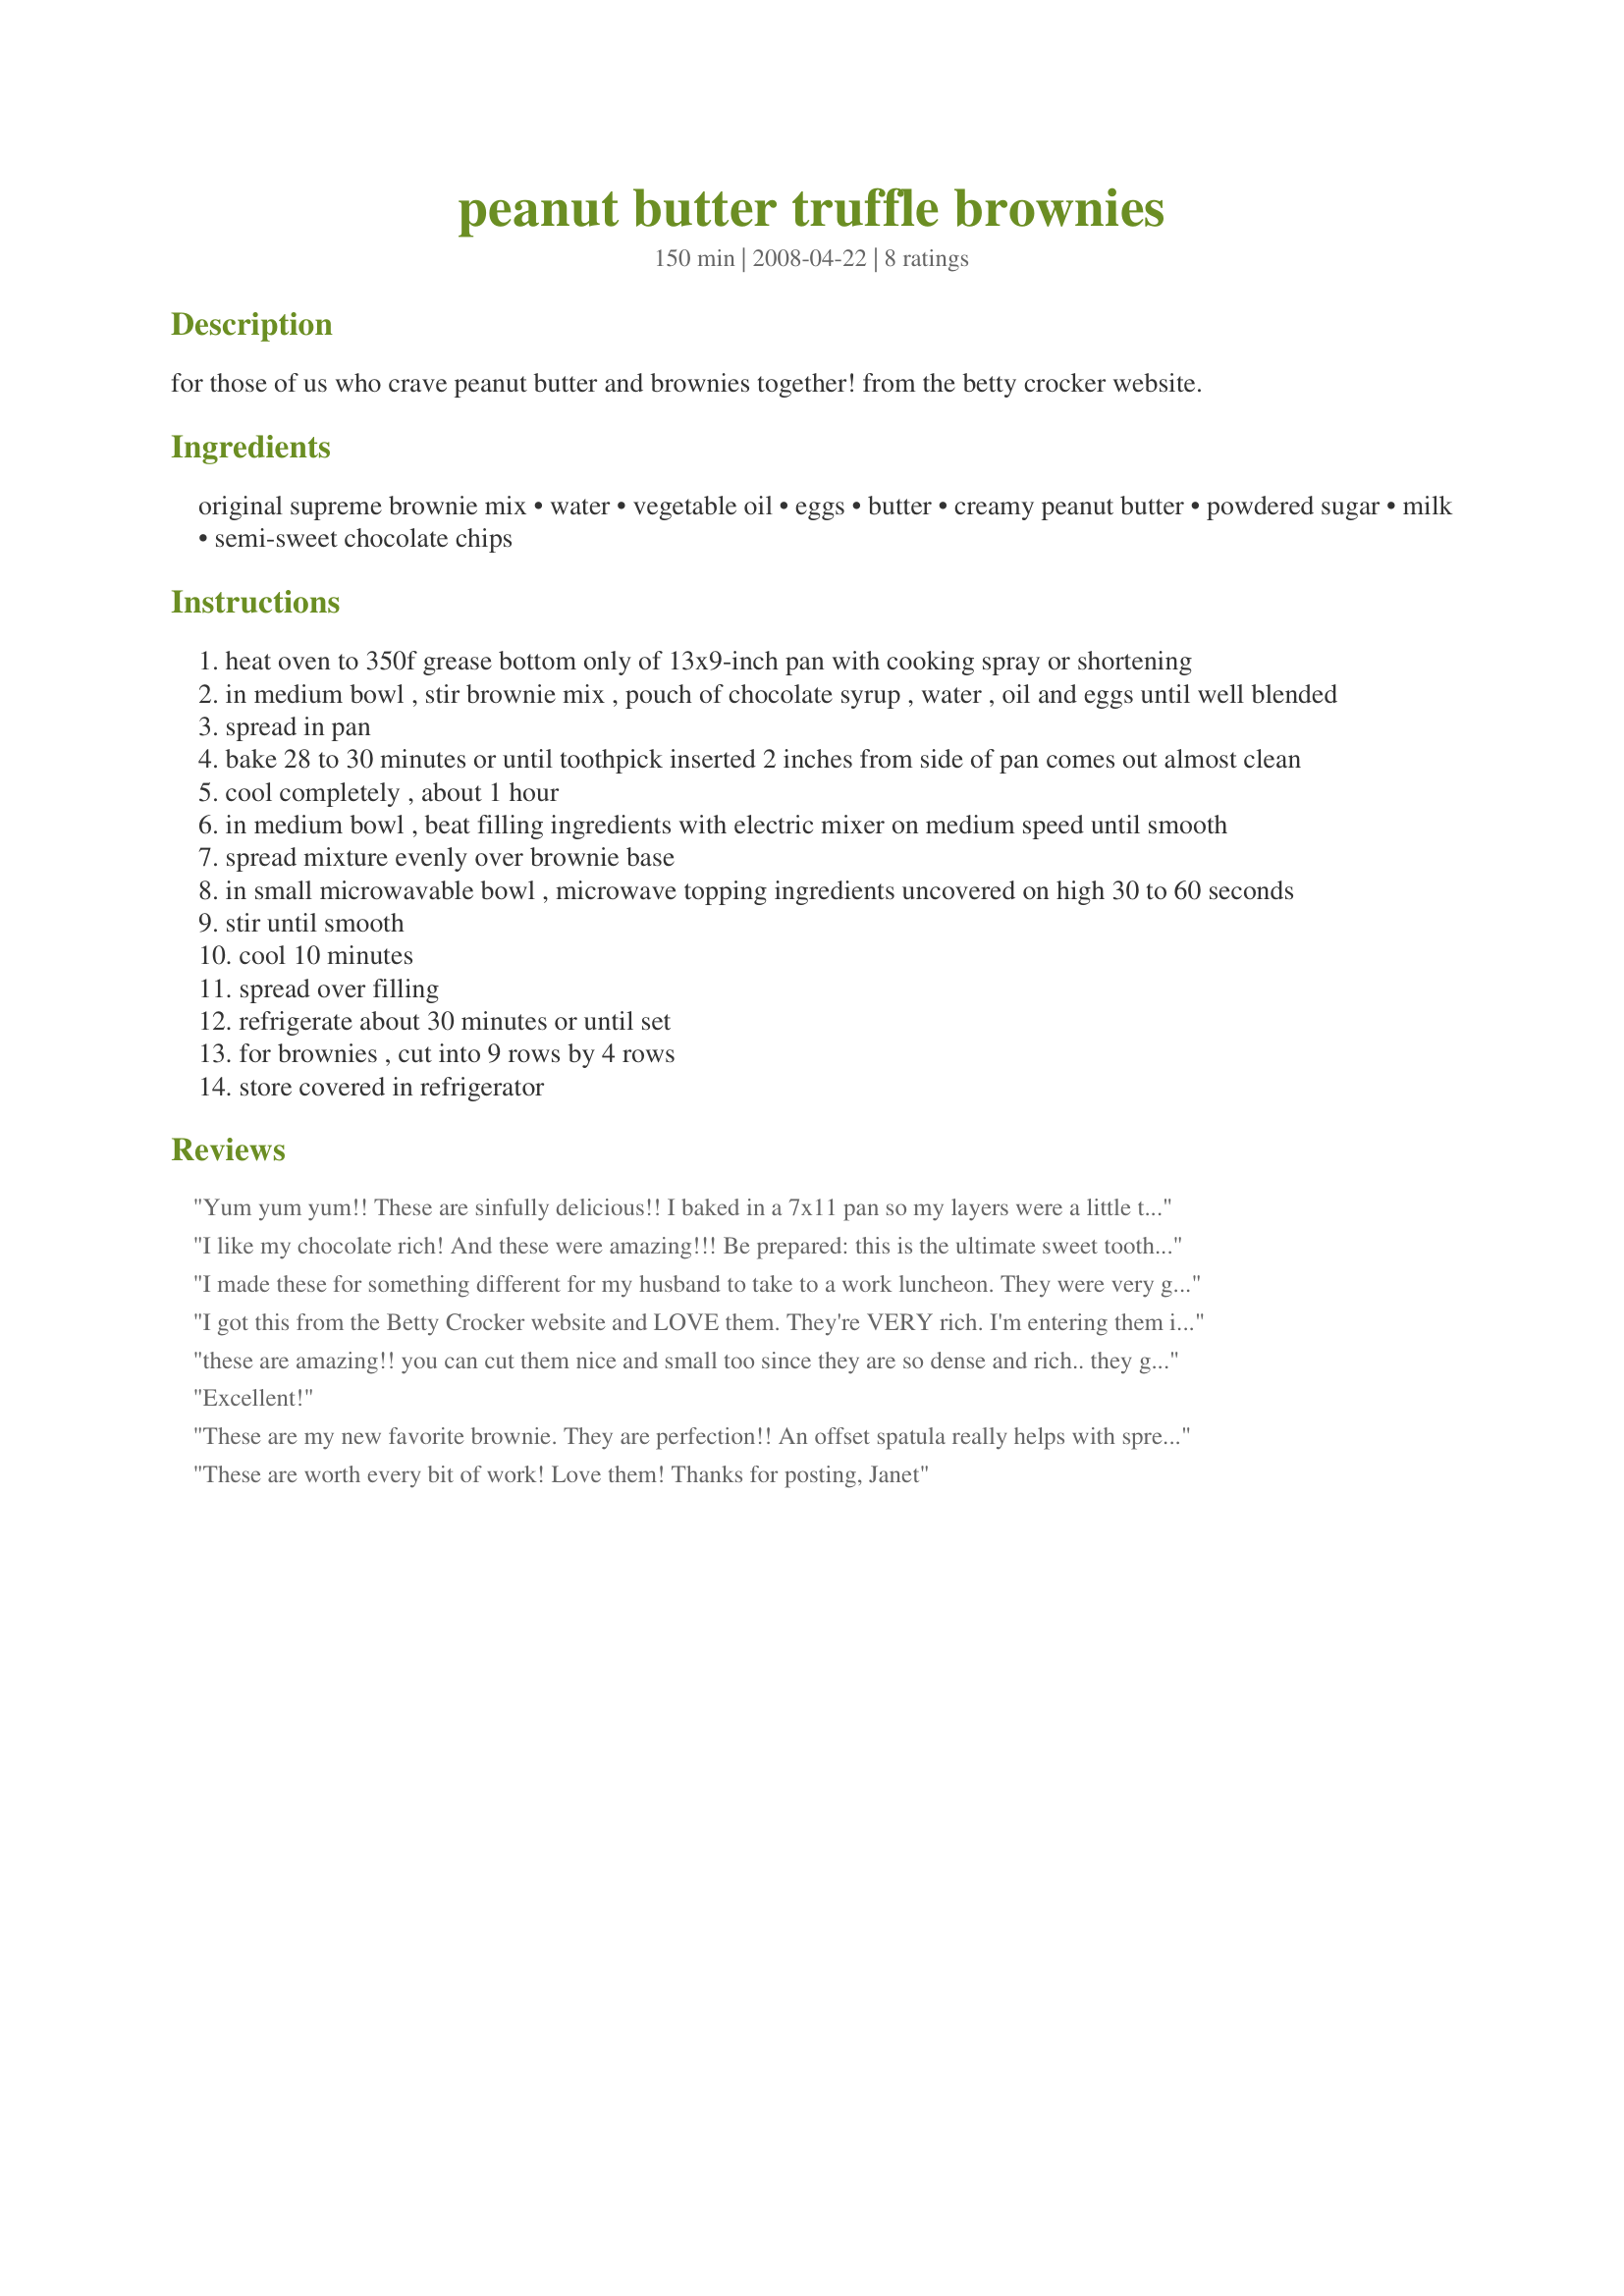
peanut butter truffle brownies
Preparation time: 150 minutes

for those of us who crave peanut butter and brownies together! from the betty crocker website.

Ingredients:
original supreme brownie mix, water, vegetable oil, eggs, butter, creamy peanut butter, powdered sugar, milk, semi-sweet chocolate chips

Steps:
heat oven to 350f grease bottom only of 13x9-inch pan with cooking spray or shortening
in medium bowl , stir brownie mix , pouch of chocolate syrup , water , oil and eggs until well blended
spread in pan
bake 28 to 30 minutes or until toothpick inserted 2 inches from side of pan comes out almost clean
cool completely , about 1 hour
in medium bowl , beat filling ingredients with electric mixer on medium speed until smooth
spread mixture evenly over brownie base
in small microwavable bowl , microwave topping ingredients uncovered on high 30 to 60 seconds
stir until smooth
cool 10 minutes
spread over filling
refrigerate about 30 minutes or until set
for brownies , cut into 9 rows by 4 rows
store covered in refrigerator

Reviews:
Yum yum yum!! These are sinfully delicious!! I baked in a 7x11 pan so my layers were a little thicker and I had to bake a few extra minutes. I used milk chocolate chips for the topping b/c that was all I had. Thanks for posting this wonderful recipe!
I like my chocolate rich! And these were amazing!!! Be prepared: this is the ultimate sweet tooth recipe.
I made these for something different for my husband to take to a work luncheon. They were very good and rich! Thanks for posting.
I got this from the Betty Crocker website and LOVE them. They're VERY rich. I'm entering them in the "Box Mix" class at our fair this year! Yum!
these are amazing!! you can cut them nice and small too since they are so dense and rich.. they go far for a party!
Excellent!
These are my new favorite brownie. They are perfection!! An offset spatula really helps with spreading the filling (since it is fairly thick and hard to spread) and topping (since it has to be spread very thin).
These are worth every bit of work! Love them! Thanks for posting,
Janet
